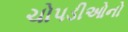
ચોપડીઓનો